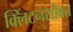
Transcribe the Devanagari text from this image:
क्लिंटनसोबत